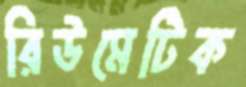
রিউমেটিক